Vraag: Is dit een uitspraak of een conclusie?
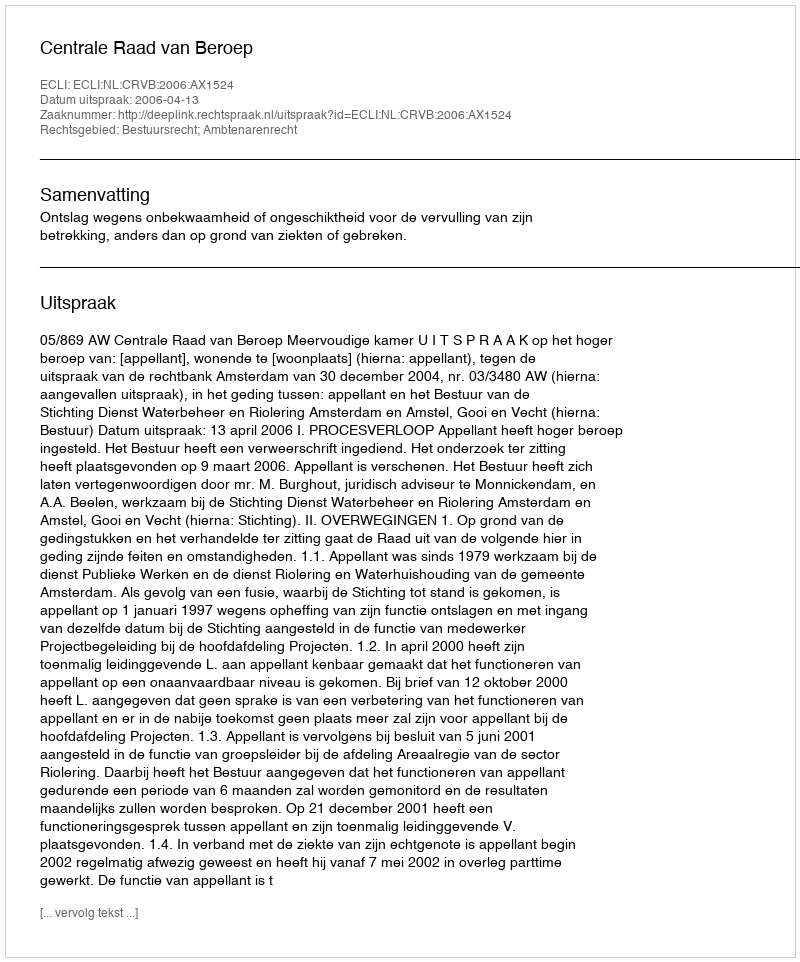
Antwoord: Uitspraak